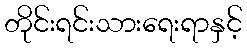
တိုင်းရင်းသားရေးရာနှင့်